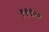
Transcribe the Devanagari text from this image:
११९००